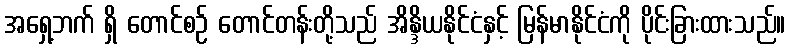
အရှေ့ဘက် ရှိ တောင်စဉ် တောင်တန်းတို့သည် အိန္ဒိယနိုင်ငံနှင့် မြန်မာနိုင်ငံကို ပိုင်းခြားထားသည်။